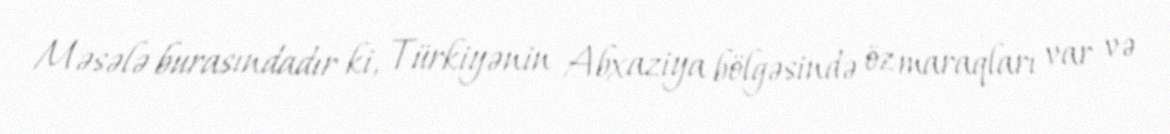
Məsələ burasındadır ki, Türkiyənin Abxaziya bölgəsində öz maraqları var və